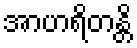
အာဟရိတန္တိ